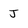
Character: J